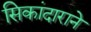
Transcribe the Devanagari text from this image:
सिकांदाराने